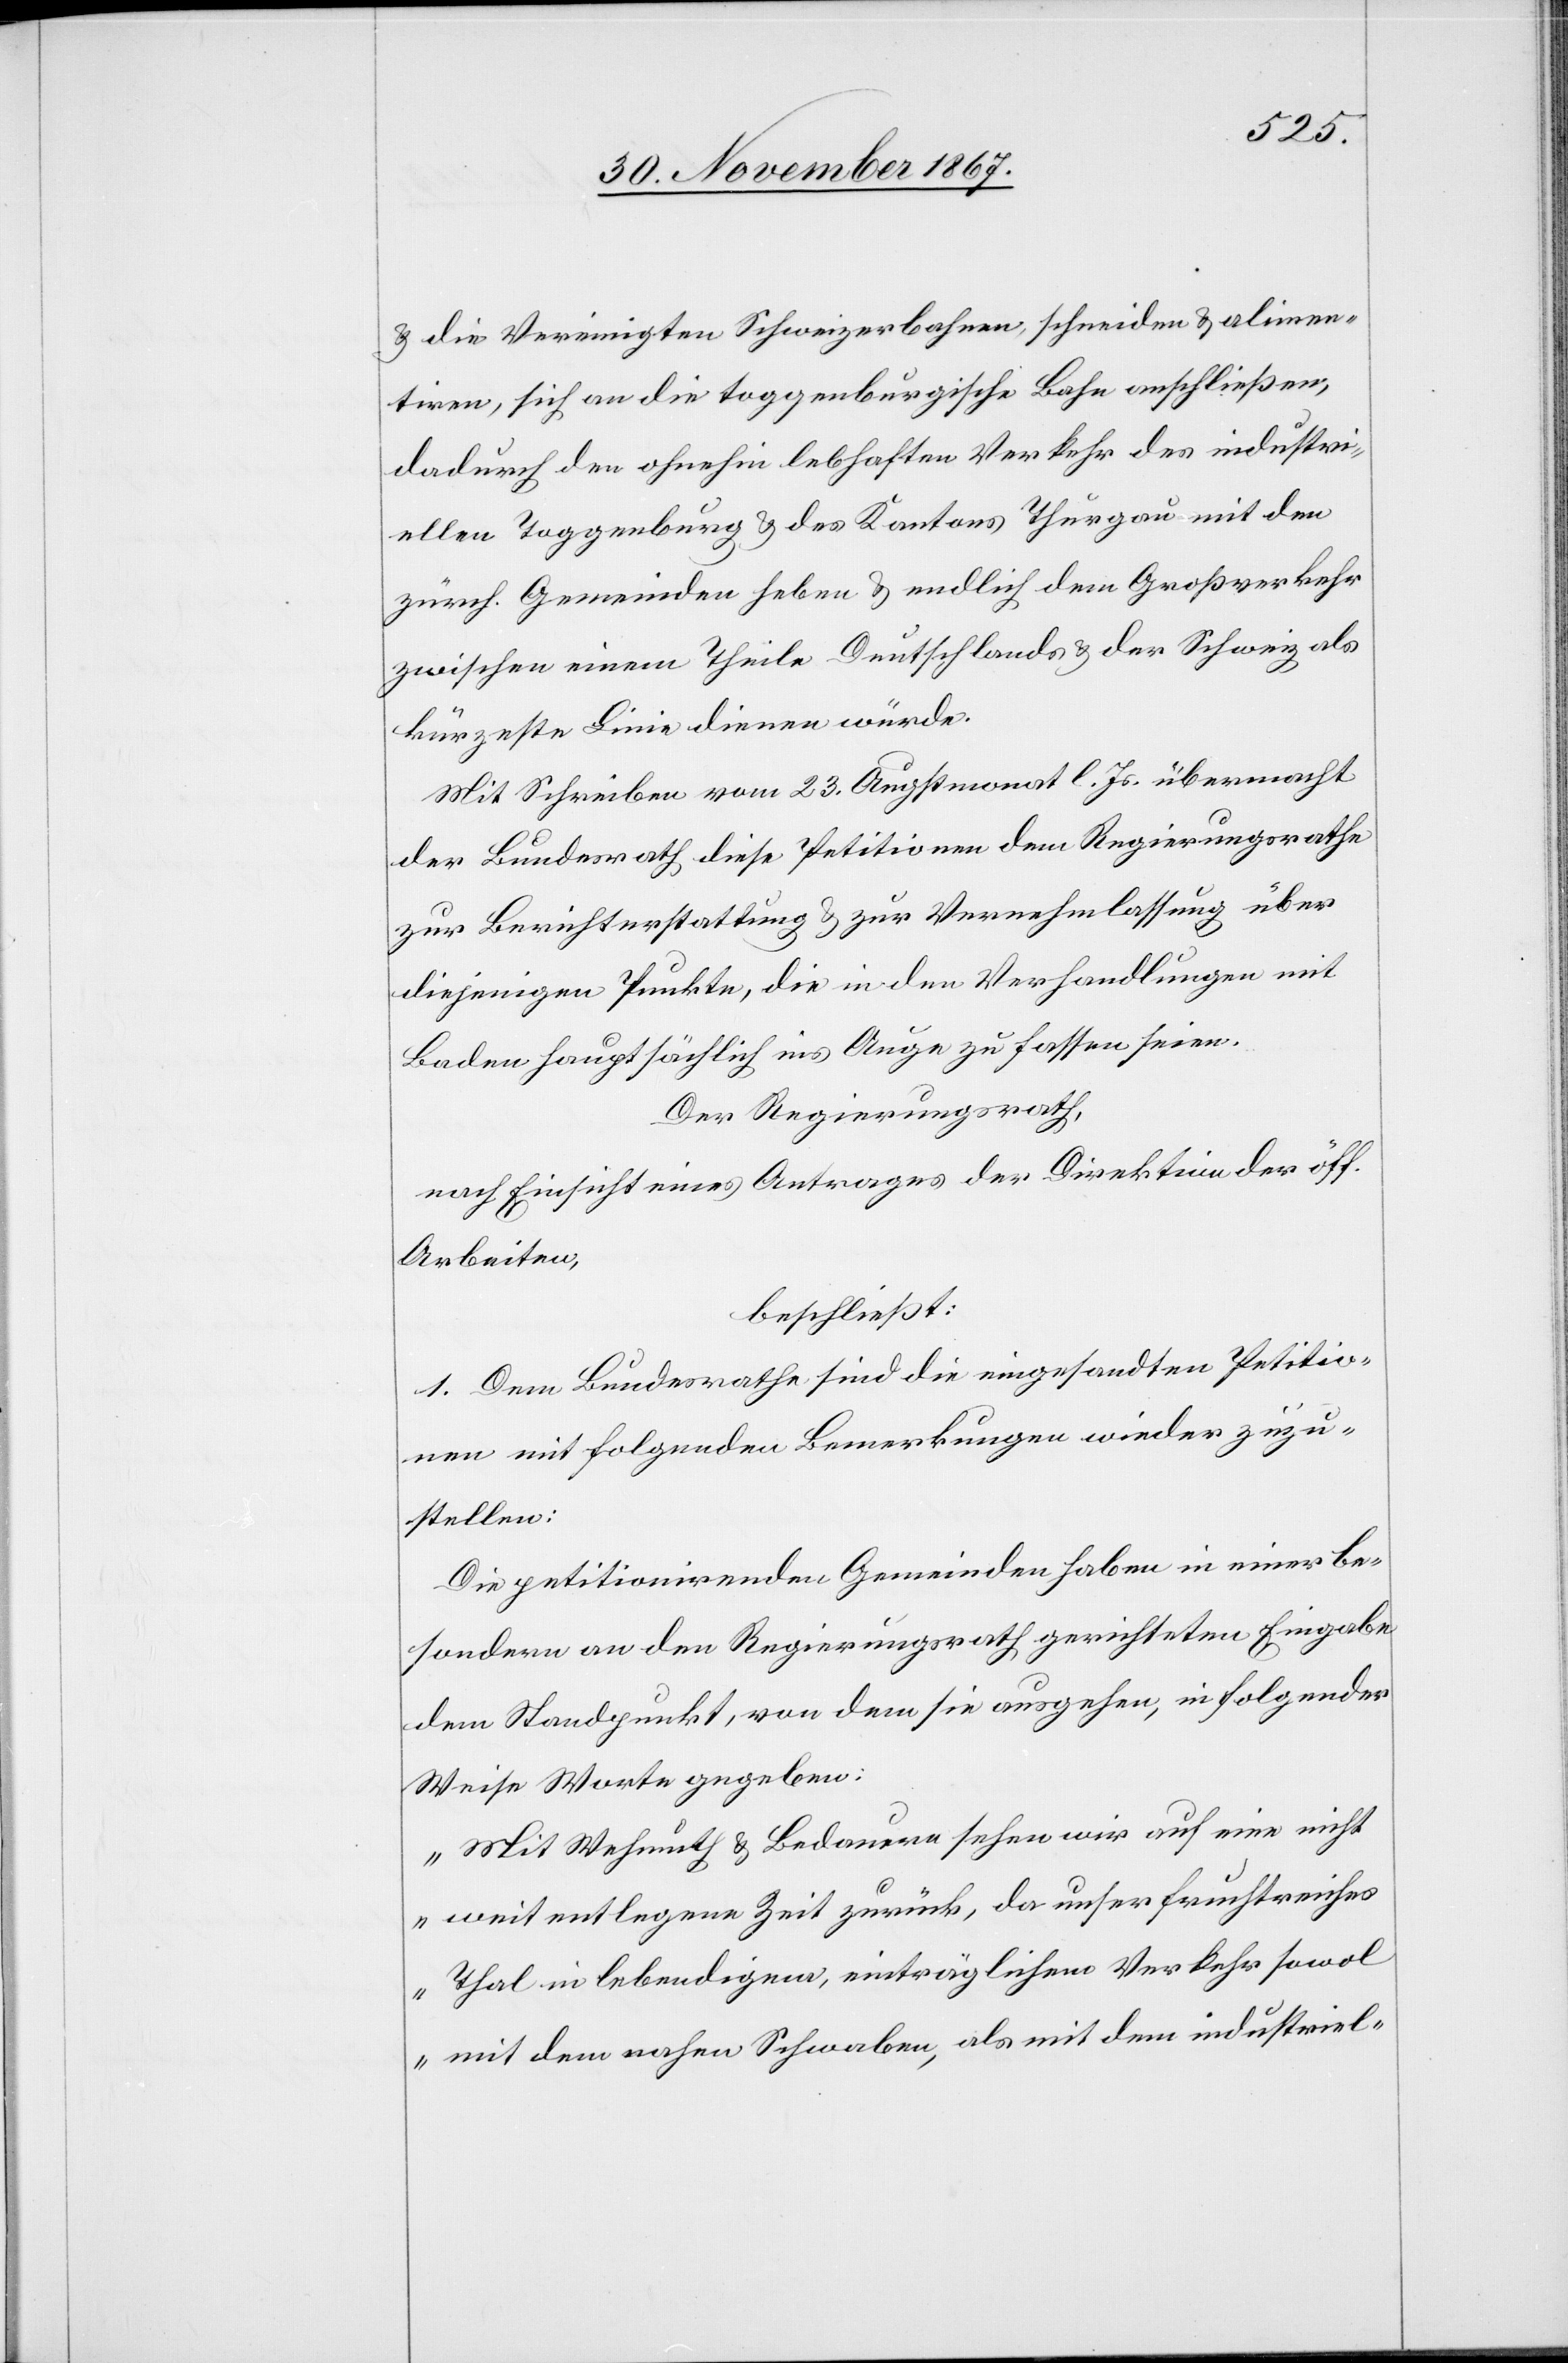
u. die Vereinigten Schweizerbahnen, schneiden u. alimen¬
tiren, sich an die toggenburgische Bahn anschließen,
dadurch den ohnehin lebhaften Verkehr des industri¬
ellen Toggenburg heben u. endlich dem Großverkehr zwischen
kürzeste Linie dienen würde.
Mit Schreiben vom 23. Augstmonat l. Js. übermacht
der Bundesrath diese Petition dem Regierungsrathe
zur Berichterstattung z. zur Vernehmlassung über
diejenigen Punkte, die in den Verhandlungen mit
Baden hauptsächlich ins Auge zu fassen seien.
Der Regierungsrath,
nach Einsicht eines Antrages der Direktion der öff.
Arbeiten,
beschließt:
1. Dem Bundesrathe sind die eingesandten Petitio¬
nen mit folgenden Bemerkungen wieder zuzu¬
stellen:
Die petitionirenden Gemeinden haben in einer be¬
sondern an den Regierungsrath gerichteten Eingabe
dem Standunkt, von dem sie ausgehen, in folgender
Weise Worte gegeben:
„Mit Wehmuth u. Bedauern sehen wir auf eine nicht
weit entlegene Zeit zurück, da unser fruchtreiches
Thal in lebendigem, einträglichen Verkehr sowol
mit dem nahen Schwaben, als mit dem industriel-